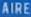
AIRE